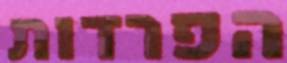
הפרדות